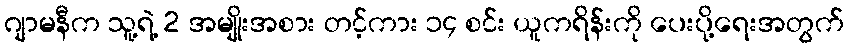
ဂျာမနီက သူ့ရဲ့ 2 အမျိုးအစား တင့်ကား ၁၄ စင်း ယူကရိန်းကို ပေးပို့ရေးအတွက်